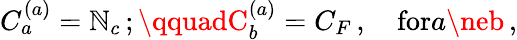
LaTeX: C_{a}^{(a)}=\mathbb{N}_{c}\, ;\qquadC_{b}^{(a)}=C_{F}\, ,\quad\mathrm{{for}}a\neb\, ,